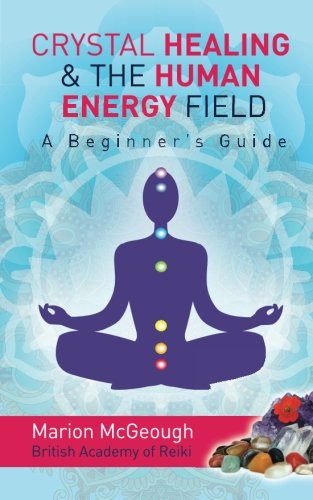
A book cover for Crystal Healing & The Human Energy Field A Beginners Guide; Mrs Marion McGeough; Religion & Spirituality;